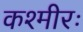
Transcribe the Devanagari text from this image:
कश्मीरः